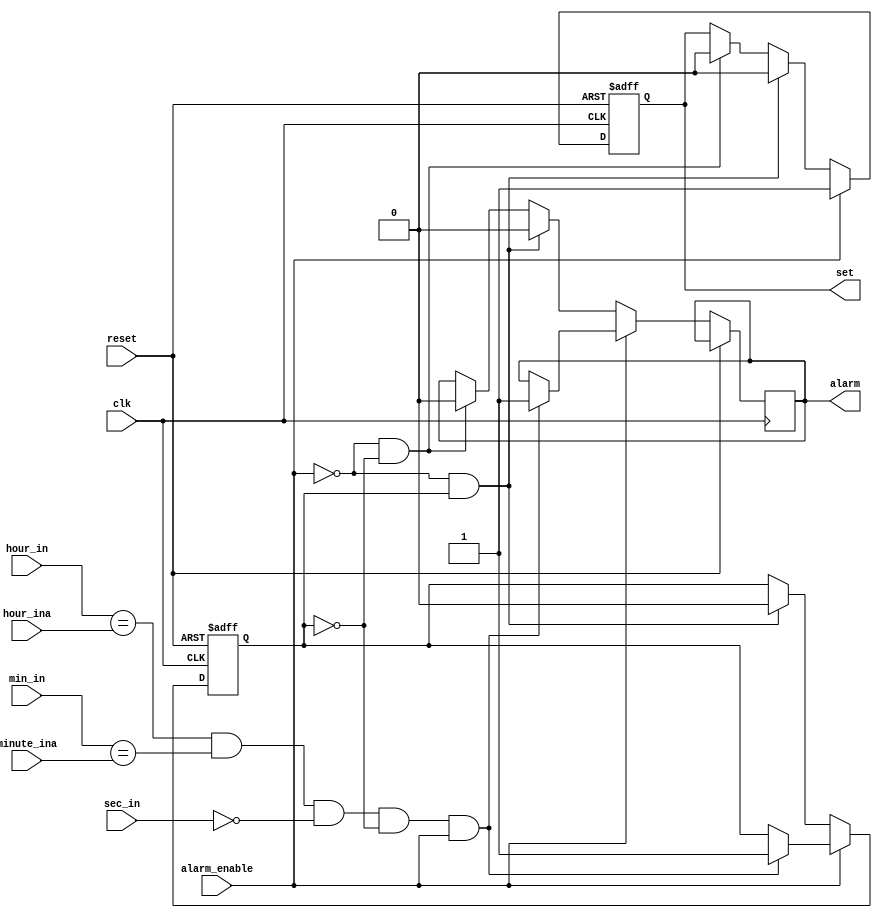
`timescale 1ns / 1ps
//////////////////////////////////////////////////////////////////////////////////
// Company: 
// Engineer: 
// 
// Design Name: 
// Module Name: comparator
// Project Name: 
// Target Devices: 
// Tool Versions: 
// Description: 
// 
// Dependencies: 
// 
// Revision:
// Revision 0.01 - File Created
// Additional Comments:
// 
//////////////////////////////////////////////////////////////////////////////////


module comparator
    (input clk, input reset, input alarm_enable, input [5:0] hour_in, input [5:0] min_in,input [5:0] sec_in,
    input [5:0] hour_ina, input [5:0] minute_ina,output reg alarm, output reg set
    );
    
    reg tracker =0;
    
    
    always @(posedge clk or posedge reset) begin
    
        if(reset) begin set<=0; tracker <= 0; end
    
    //if alarm is enables the set output dictates the set light
        else if(alarm_enable) begin
            set <=1; 
            //if time goes off, alrm goes off and set tracker to 1
            if((hour_in == hour_ina)&&(min_in == minute_ina) && (sec_in ==0) && !tracker && alarm_enable) begin
            alarm <=1; tracker <=1; end
        end
        
        //once tracker is set high, the only way to set it off is to disable alarm
        else if (!alarm_enable && tracker) 
            begin  alarm <=0; tracker <=0; set<=0; 
        end
   
        else if(!alarm_enable && !tracker) begin set<=0; alarm <=0; 
        end
   
    end
    
    
endmodule